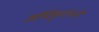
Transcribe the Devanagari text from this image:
अधिकृतपने